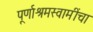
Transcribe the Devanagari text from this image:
पूर्णाश्रमस्वामींचा